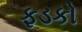
ફડકો